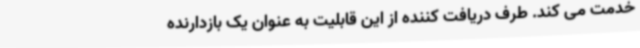
خدمت می کند. طرف دریافت کننده از این قابلیت به عنوان یک بازدارنده